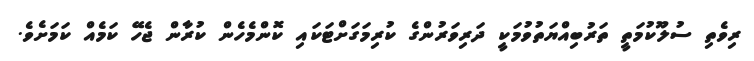
ރިވެތި ސުލޫކުމަތީ ތަރުބިއްޔަތުވުމަކީ ދަރިވަރުންގެ ކުރިމަގަށްޓަކައި ކޮންމެހެން ކުރާން ޖެހޭ ކަމެއް ކަމަށެވެ.